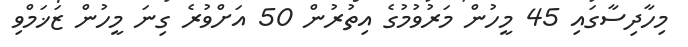
މިހާދިސާގައި 45 މީހުން މަރުވުމުގެ އިތުރުން 50 އަށްވުރެ ގިނަ މީހުން ޒަޚަމްވި